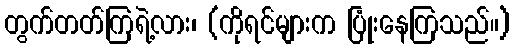
တွက်တတ်ကြရဲ့လား၊ (ကိုရင်များက ပြုံးနေကြသည်။)